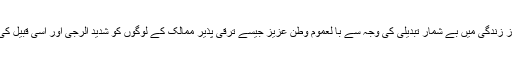
تیزی سے ہو رہی شہرکاری اور طرز زندگی میں بے شمار تبدیلی کی وجہ سے با لعموم وطن عزیز جیسے ترقی پذیر ممالک کے لوگوں کو شدید الرجی اور اسی قبیل کی دوسری بیماریاں درپیش آر ہی ہیں ۔